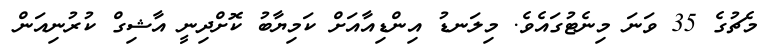
މެޗުގެ 35 ވަނަ މިނެޓުގައެވެ. މިލަނޑު އިންޑިއާއަށް ކަމިޔާބު ކޮށްދިނީ އާޝިގް ކުރުނިއަން